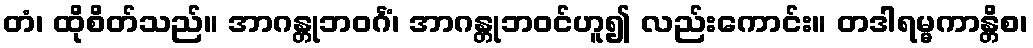
တံ၊ ထိုစိတ်သည်။ အာဂန္တုဘဝင်္ဂံ၊ အာဂန္တုဘဝင်ဟူ၍ လည်းကောင်း။ တဒါရမ္မကာန္တိစ၊